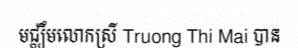
មជ្ឈឹមលោកស្រី Truong Thi Mai បាន